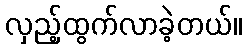
လှည့်ထွက်လာခဲ့တယ်။